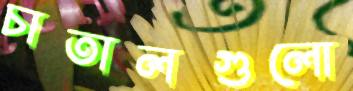
চাতালগুলো